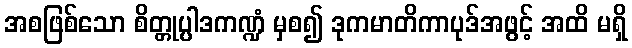
အစဖြစ်သော စိတ္တုပ္ပါဒကဏ္ဍံ မှစ၍ ဒုကမာတိကာပုဒ်အဖွင့် အထိ မရှိ